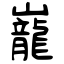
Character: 巃